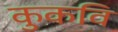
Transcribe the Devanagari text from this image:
कुकवि